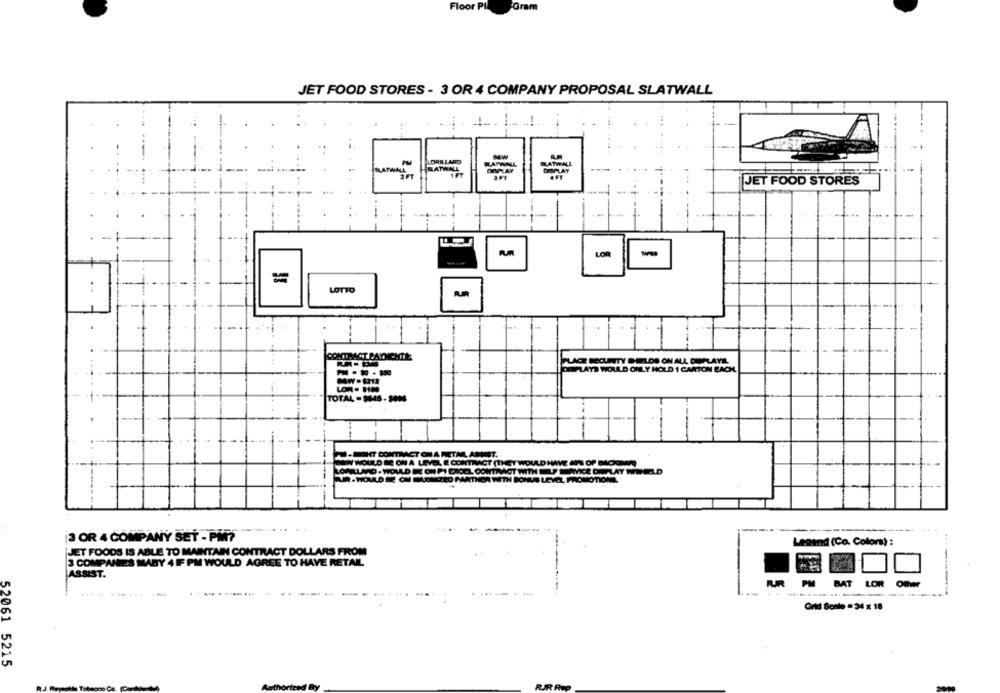
Floor PIL
Gram
JET FOOD STORES - 3 OR 4 COMPANY PROPOSAL SLATWALL
LORILLARD
SLATWALL
RATWALL
JET FOOD STORES
. -
LOR
:
LOTTO
CONTRACT PAYMENTS
PLACE BECUNTY SELOS ON ALL CUMPLAVIEL
DEPLATS WOULD ONLY HOLD 1 CARTON BACH
LOR. 10
TOTAL - $44S- SAIS
MIT.
W WOULD
UR -WOULD
LEVEL PROMOTION
---
-----
3 OR 4 COMPANY SET - PM?
Legend (Co. Color) :
JET FOODS IS ABLE TO MAINTAIN CONTRACT DOLLARS FROM
3 COMPANIES MABY 4 IF PM WOULD AGREE TO HAVE RETAIL
ASSIST.
PM
BAT
LOR
.... .......*
Grid Sonle = 34 x 18
52061 5215